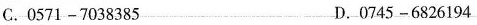
C.0571-7038385 D.0745-6826194